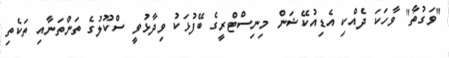
"ވަގުތާ" ވާހަކަ ދެއްކި އެޑިއުކޭޝަން މިނިސްޓްރީގެ ބޭފުޅަކު ވިދާޅުވީ ސްކޫލުގެ ތަންތަނާއި ތަކެތި